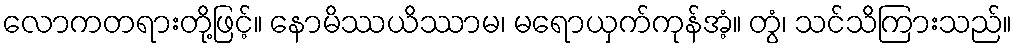
လောကတရားတို့ဖြင့်။ နောမိဿယိဿာမ၊ မရောယှက်ကုန်အံ့။ တွံ၊ သင်သိကြားသည်။